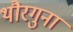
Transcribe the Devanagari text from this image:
थौरगुना